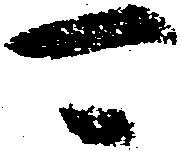
可